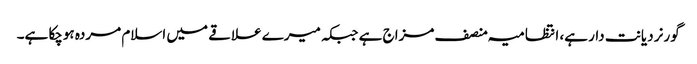
گورنر دیانت دار ہے، انتظامیہ منصف مزاج ہے جبکہ میرے علاقے میں اسلام مردہ ہوچکا ہے۔